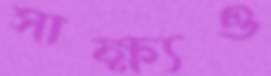
সাক্ষ্যও